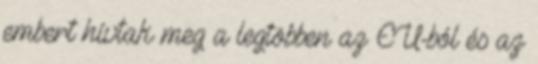
embert hívtak meg a legtöbben az EU-ból és az